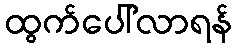
ထွက်ပေါ်လာရန်